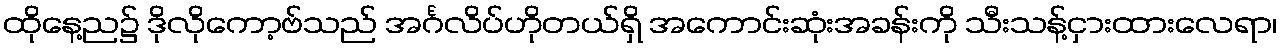
ထိုနေ့ည၌ ဒိုလိုကော့ဗ်သည် အင်္ဂလိပ်ဟိုတယ်ရှိ အကောင်းဆုံးအခန်းကို သီးသန့်ငှားထားလေရာ၊